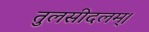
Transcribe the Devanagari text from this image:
तुलसीदलम्।